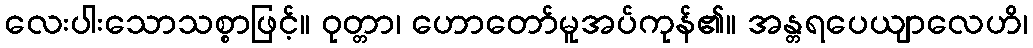
လေးပါးသောသစ္စာဖြင့်။ ဝုတ္တာ၊ ဟောတော်မူအပ်ကုန်၏။ အန္တရပေယျာလေဟိ၊